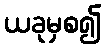
ယခုမှစ၍